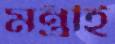
মন্ত্রীই